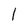
Character: l